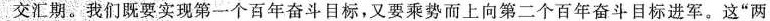
交汇期。我们既要实现第一个百年奋斗目标，又要乘势而上向第二个百年奋斗目标进军。这”两